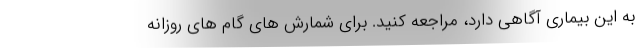
به این بیماری آگاهی دارد، مراجعه کنید. برای شمارش های گام های روزانه